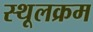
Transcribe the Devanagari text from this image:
स्थूलक्रम